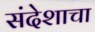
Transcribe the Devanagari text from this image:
संदेशाचा